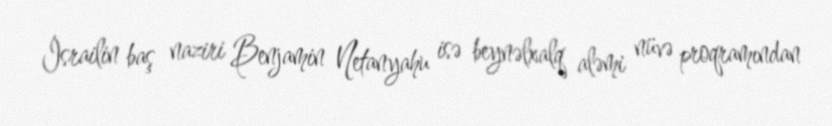
İsrailin baş naziri Benjamin Netanyahu isə beynəlxalq aləmi nüvə proqramından